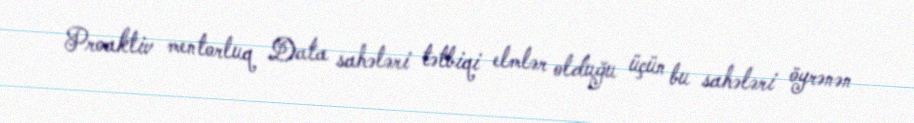
Proaktiv mentorluq Data sahələri tətbiqi elmlər olduğu üçün bu sahələri öyrənən